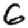
Digit: 6